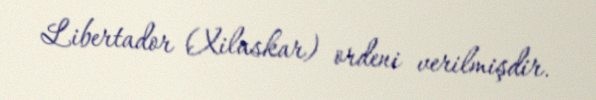
Libertador (Xilaskar) ordeni verilmişdir.